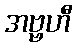
အဗ္ဗဟီ